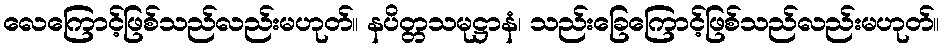
လေကြောင့်ဖြစ်သည်လည်းမဟုတ်။ နပိတ္တသမုဋ္ဌာနံ၊ သည်းခြေကြောင့်ဖြစ်သည်လည်းမဟုတ်။